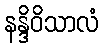
နန္ဒိဝိသာလံ